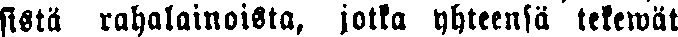
sistä rahalainoista, jolla yhteensä tekewät